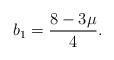
LaTeX: \begin{align*}b_{1}=\frac{8-3\mu}{4}.\end{align*}